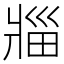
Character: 𪺟